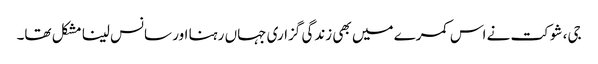
جی، شوکت نے اس کمرے میں بھی زندگی گزاری جہاں رہنا اور سانس لینا مشکل تھا۔